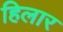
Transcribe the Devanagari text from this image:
हिलार